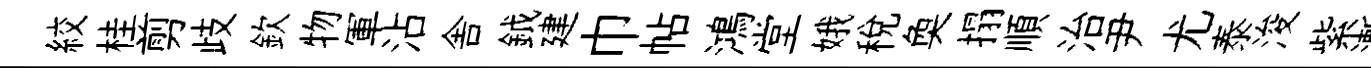
絞桂剪歧欽物軍沾舎鉞建巾帖鴻堂娥稅奐搨順治尹尤泰浚紫漸